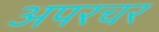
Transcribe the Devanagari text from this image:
अपरचर